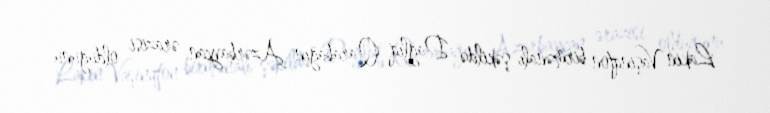
Lakin Vaşinqton birmənalı şəkildə Dağlıq Qarabağın Azərbaycan ərazisi olduğunu